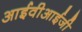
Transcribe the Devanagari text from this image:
आईवीआईजी